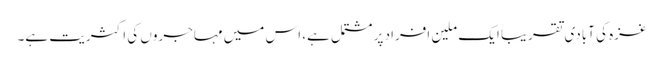
غزہ کی آبادی تقریباََ ایک ملین افراد پر مشتمل ہے، اس میں مہاجروں کی اکثریت ہے۔